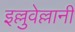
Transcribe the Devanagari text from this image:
इल्लुवेल्लानी